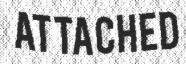
ATTACHED